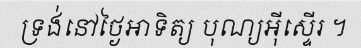
ទ្រង់នៅថ្ងៃអាទិត្យ បុណ្យអ៊ីស្ទើរ ។